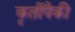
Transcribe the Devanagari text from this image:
कृतींपैकी